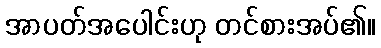
အာပတ်အပေါင်းဟု တင်စားအပ်၏။